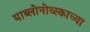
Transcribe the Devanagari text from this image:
याब्लोनोव्स्काच्या